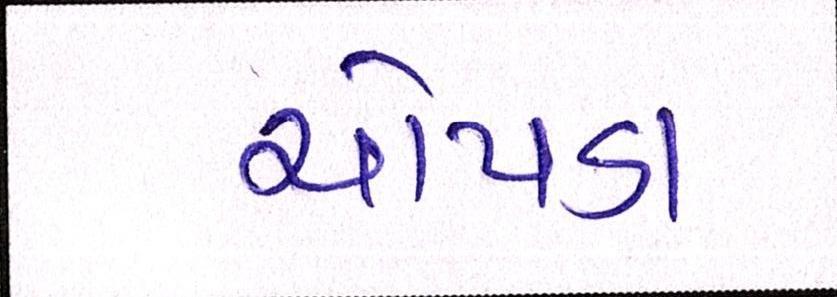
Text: ચોપડા